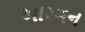
આરગન